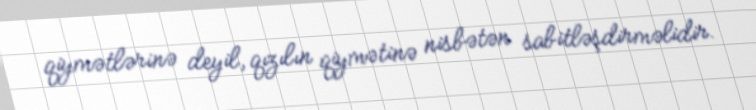
qiymətlərinə deyil, qızılın qiymətinə nisbətən sabitləşdirməlidir.